Civil Veterinary Department Bengal reports 1933-51 - 1933-1951
Year: 1933
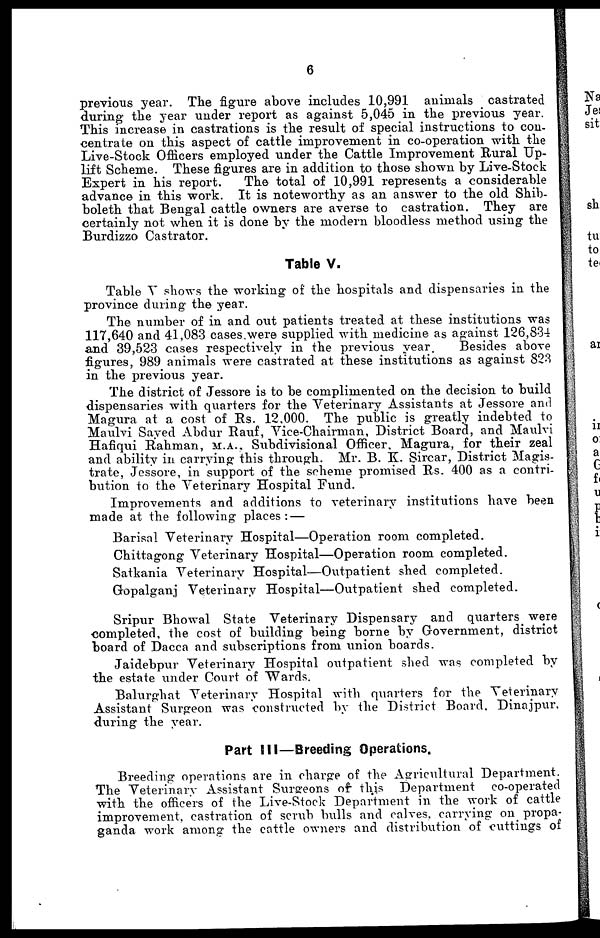
6
previous year. The figure above includes 10,991 animals castrated
during the year under report as against 5,045 in the previous year.
This increase in castrations is the result of special instructions to con-
centrate on this aspect of cattle improvement in co-operation with the
Live-Stock Officers employed under the Cattle Improvement Rural Up-
lift Scheme. These figures are in addition to those shown by Live-Stock
Expert in his report.
The total of 10,991 represents a considerable
advance in this work. It is noteworthy as an answer to the old Shib-
boleth that Bengal cattle owners are averse to castration. They are
certainly not when it is done by the modern bloodless method using the
Burdizzo Castrator.
Table V.
Table V shows the working of the hospitals and dispensaries in the
province during the year.
The number of in and out patients treated at these institutions was
117,640 and 41,083 cases.were supplied with medicine as against 126,834
and 39,523 cases respectively in the previous year.
Besides above
figures, 989 animals were castrated at these institutions as against 823
in the previous year.
The district of Jessore is to be complimented on the decision to build
dispensaries with quarters for the Veterinary Assistants at Jessore and
Magura at a cost of Rs. 12,000. The public is greatly indebted to
Maulvi Saved Abdur Rauf, Vice-Chairman, District Board, and Maulvi
Hafiqui Rahman, M.A., Subdivisional Officer, Magura, for their zeal
and ability in carrying this through. Mr. B. K. Sircar, District Magis-
trate, Jessore, in support of the scheme promised Rs. 400 as a contri-
bution to the Veterinary Hospital Fund.
Improvements and additions to veterinary institutions have been
made at the following places : —
Barisal Veterinary Hospital—Operation room completed.
Chittagong Veterinary Hospital—Operation room completed.
Satkania Veterinary Hospital—Outpatient shed completed.
Gopalganj Veterinary Hospital—Outpatient shed completed.
Sripur Bhowal State Veterinary Dispensary and quarters were
completed, the cost of building being borne by Government, district
board of Dacca and subscriptions from union boards.
Jaidebpur Veterinary Hospital outpatient shed was completed by
the estate under Court of Wards.
Balurghat Veterinary Hospital with quarters for the Veterinary
Assistant Surgeon was constructed by the District Board. Dinajpur,
during the year.
Part Ill—Breeding Operations.
Breeding operations are in charge of the Agricultural Department.
The Veterinary Assistant Surgeons of- this Department
co-operated
with the officers of the Live-Stock Department in the work of cattle
improvement, castration of scrub bulls and calves, carrying on propa-
ganda work among the cattle owners and distribution of cuttings of